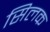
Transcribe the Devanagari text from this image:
सिलक